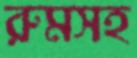
রুমসহ